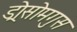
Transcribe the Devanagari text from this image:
ड्रोसोमगुस